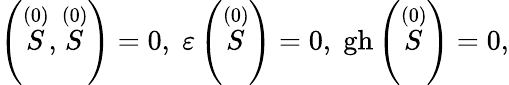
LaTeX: \left(\stackrel{(0)}{S},\stackrel{(0)}{S}\right)=0,\; \varepsilon\left(\stackrel{(0)}{S}\right)=0,\; \mathrm{gh}\left(\stackrel{(0)}{S}\right)=0,